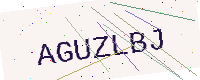
Text: AGUZLBJ